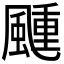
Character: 𬱴